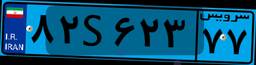
۸۲S۶۲۳۷۷